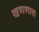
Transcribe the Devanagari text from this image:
खणणारा